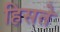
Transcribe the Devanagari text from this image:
हिसते